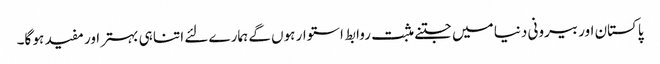
پاکستان اور بیرونی دنیا میں جتنے مثبت روابط استوار ہوں گے ہمارے لئے اتنا ہی بہتر اور مفید ہو گا۔